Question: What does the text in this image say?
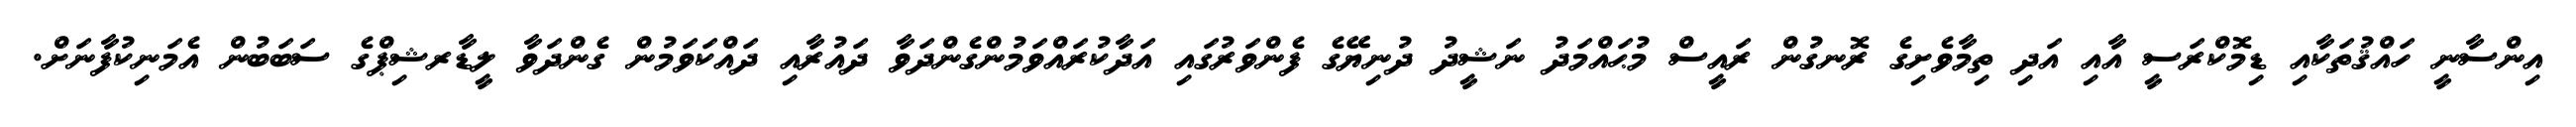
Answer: އިންސާނީ ހައްޤުތަކާއި ޑިމޮކްރަސީ އާއި އަދި ތިމާވެށިގެ ރޮނގުން ރައީސް މުޙައްމަދު ނަޝީދު ދުނިޔޭގެ ފެންވަރުގައި އަދާކުރައްވަމުންގެންދަވާ ދައުރާއި ދައްކަވަމުން ގެންދަވާ ލީޑާރޝިޕްގެ ސަބަބުން އެމަނިކުފާނަށް.